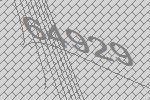
64929